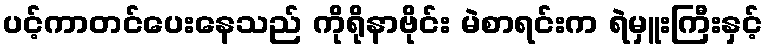
ပင့်ကာတင်ပေးနေသည် ကိုရိုနာဗိုင်း မဲစာရင်းက ရဲမှူးကြီးနှင့်